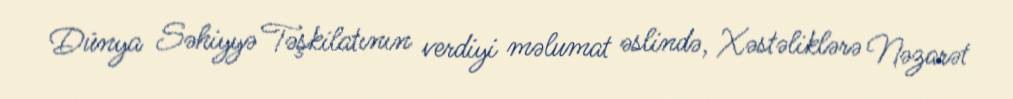
Dünya Səhiyyə Təşkilatının verdiyi məlumat əslində, Xəstəliklərə Nəzarət